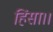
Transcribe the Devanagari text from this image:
हिंसा।।